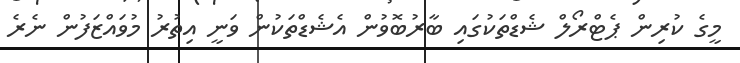
މީގެ ކުރިން ޕެޓްރޯލް ޝެޑްތަކުގައި ބާރުބޮވުން އެޝެޑްތަކުން ވަނީ އިތުރު މުވައްޒަފުން ނެރެ